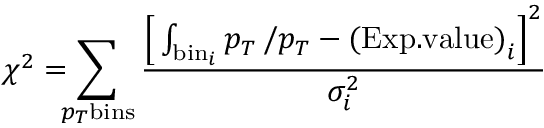
\chi ^ { 2 } = \! \! \! \sum _ { p _ { T } \mathrm { b i n s } } \frac { \Big [ \int _ { \mathrm { b i n } _ { i } } \d p _ { T } \, \d n / \d p _ { T } - \mathrm { ( E x p . v a l u e ) } _ { i } \Big ] ^ { 2 } } { \sigma _ { i } ^ { 2 } }